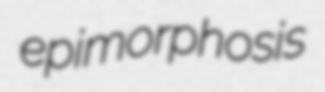
epimorphosis